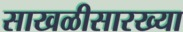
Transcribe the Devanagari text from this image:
साखळीसारख्या